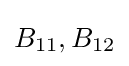
B_{11},B_{12}